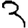
Digit: 3